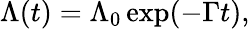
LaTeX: \Lambda(t)=\Lambda_{0}\exp(-\Gamma t),